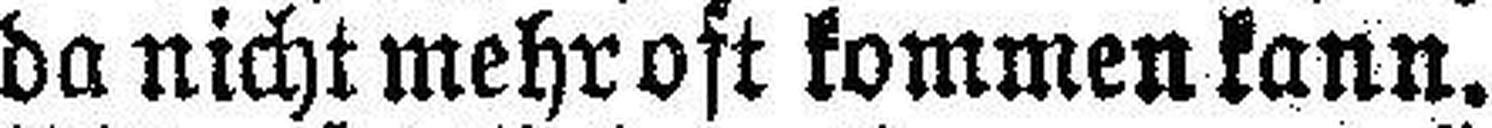
da nicht mehr oft kommen kann.